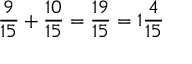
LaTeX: { \frac { 9 } { 1 5 } } + { \frac { 1 0 } { 1 5 } } = { \frac { 1 9 } { 1 5 } } = 1 { \frac { 4 } { 1 5 } }